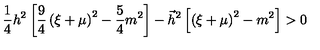
\frac 1 4 h ^ { 2 } \left[ \frac 9 4 \left( \xi + \mu \right) ^ { 2 } - \frac 5 4 m ^ { 2 } \right] - \vec { h } ^ { 2 } \left[ \left( \xi + \mu \right) ^ { 2 } - m ^ { 2 } \right] > 0